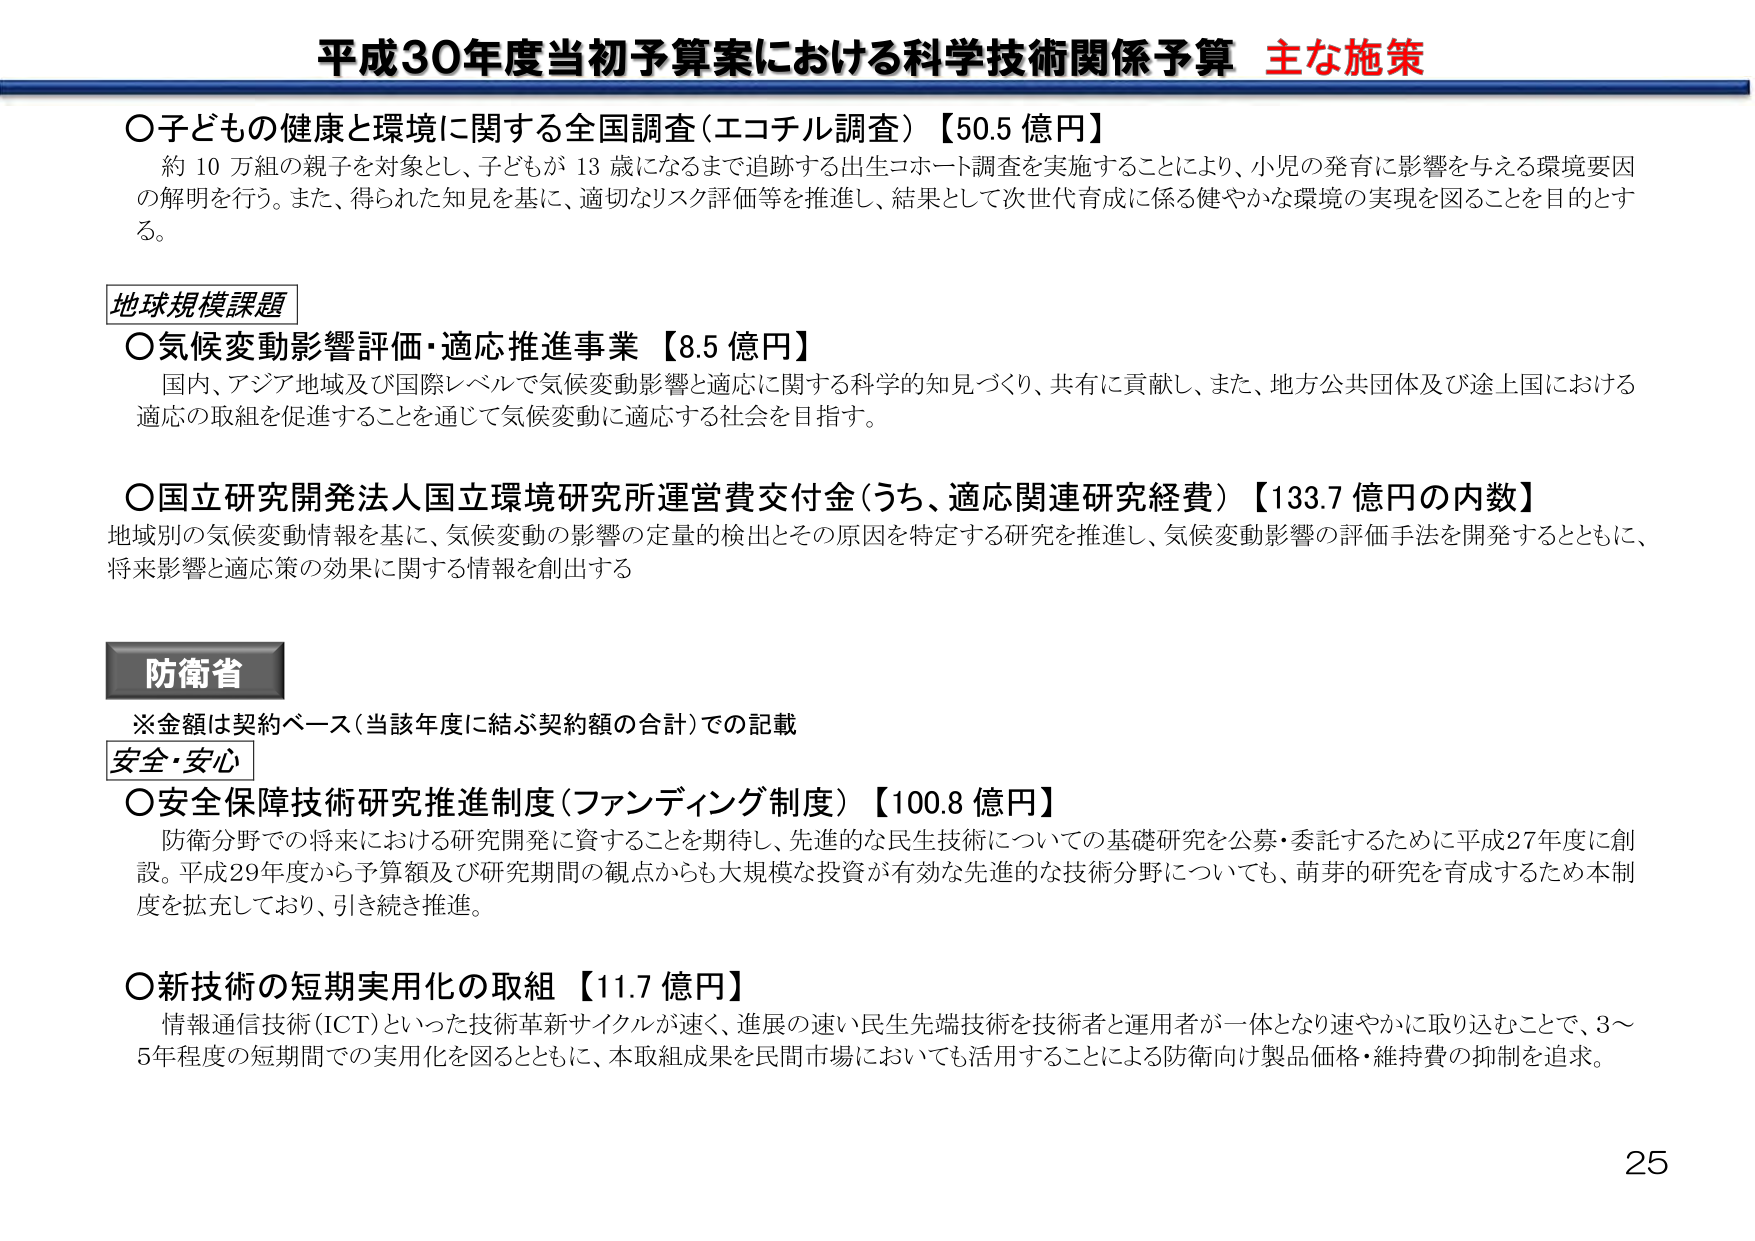
平成30年度当初予算案における科学技術関係予算 主な施策

○子どもの健康と環境に関する全国調査（エコチル調査）【50.5 億円】
　約 10 万組の親子を対象とし、子どもが 13 歳になるまで追跡する出生コホート調査を実施することにより、小児の発育に影響を与える環境要因の解明を行う。また、得られた知見を基に、適切なリスク評価等を推進し、結果として次世代育成に係る健やかな環境の実現を図ることを目的とする。

地球規模課題

○気候変動影響評価・適応推進事業 【8.5 億円】
　国内、アジア地域及び国際レベルで気候変動影響と適応に関する科学的知見づくり、共有に貢献し、また、地方公共団体及び途上国における適応の取組を促進することを通じて気候変動に適応する社会を目指す。

○国立研究開発法人国立環境研究所運営費交付金（うち、適応関連研究経費）【133.7 億円の内数】
　地域別の気候変動情報に基づき、気候変動の影響の定量的検出とその原因を特定する研究を推進し、気候変動影響の評価手法を開発するとともに、将来影響と適応策の効果に関する情報を創出する

防衛省

※金額は契約ベース（当該年度に結ぶ契約額の合計）での記載

安全・安心

○安全保障技術研究推進制度（ファンディング制度）【100.8 億円】
　防衛分野での将来における研究開発に資することを期待し、先進的な民生技術についての基礎研究を公募・委託するために平成27年度に創設。平成29年度から予算額及び研究期間の観点からも大規模な投資が有効な先進的な技術分野についても、萌芽的研究を育成するため本制度を拡充しており、引き続き推進。

○新技術の短期実用化の取組 【11.7 億円】
　情報通信技術（ICT）といった技術革新サイクルが速く、進展の速い民生先端技術を技術者と運用者が一体となり速やかに取り込むことで、3～5年程度の短期間での実用化を図るとともに、本取組成果を民間市場においても活用することによる防衛向け製品価格・維持費の抑制を追求。

25